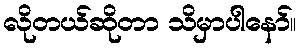
လိုတယ်ဆိုတာ သိမှာပါနော်။